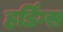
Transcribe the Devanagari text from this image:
हर्डिंग्स